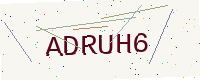
Text: ADRUH6